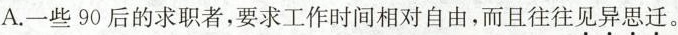
A.一些90后的求职者，要求工作时间相对自由，而且往往见异思迁。